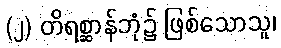
(၂) တိရစ္ဆာန်ဘုံ၌ ဖြစ်သောသူ၊